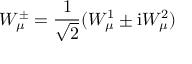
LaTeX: W _ { \mu } ^ { \pm } = \frac { 1 } { \sqrt 2 } ( W _ { \mu } ^ { 1 } \pm \mathrm { i } W _ { \mu } ^ { 2 } )